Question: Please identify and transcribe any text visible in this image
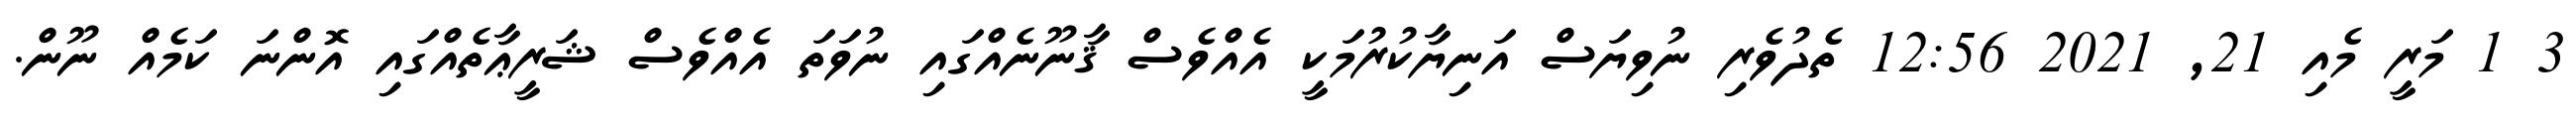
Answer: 3 1 މަރީ މެއި 21, 2021 12:56 ތެދުވެރި ނުވިޔަސް އަނިޔާކުރުމަކީ އެއްވެސް ޤާނޫނެއްގައި ނުވަތަ އެއްވެސް ޝަރީޢާތެއްގައި އޮންނަ ކަމެއް ނޫން.